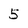
Character: 5